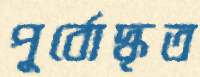
পূর্বোদ্ধৃত